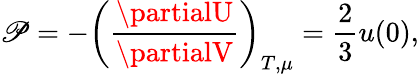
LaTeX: \mathscr{P}=-\left({\frac{{\partialU}}{{\partialV}}}\right)_{T,\mu}={\frac{{2}}{{3}}}u(0),